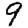
Digit: 9